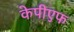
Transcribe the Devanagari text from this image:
केपीएफ